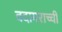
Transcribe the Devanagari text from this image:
वदामराच्ची